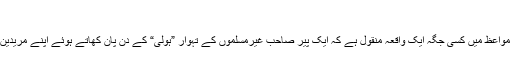
ایک عبرت ناک واقعہ
حکیم الامت حضرت مولانا اشرف علی صاحب تھانوی قدس سرّہ کے مواعظ میں کسی جگہ ایک واقعہ منقول ہے کہ ایک پیر صاحب غیرمسلموں کے تہوار ”ہولی“ کے دن پان کھاتے ہوئے اپنے مریدین کے ساتھ جارہے تھے، پورا راستہ ہولی کے رنگ سے رنگا ہوا تھا۔